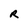
Character: R